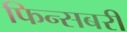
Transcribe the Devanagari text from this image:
फिन्सबरी